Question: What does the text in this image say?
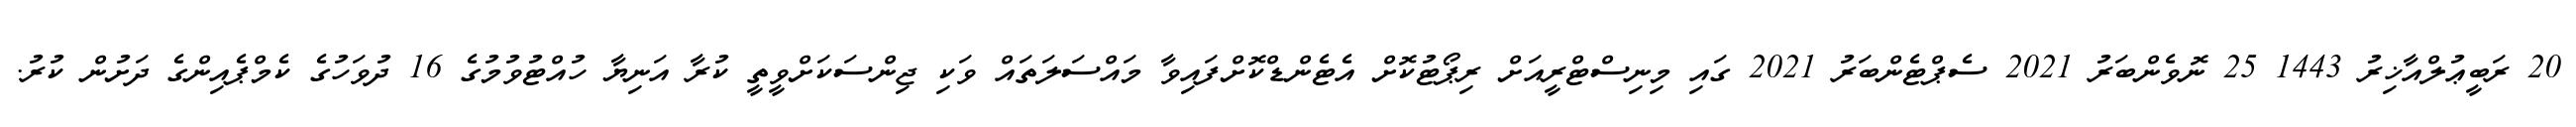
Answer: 20 ރަބީޢުލްއާޚިރު 1443 25 ނޮވެންބަރު 2021 ސެޕްޓެންބަރު 2021 ގައި މިނިސްޓްރީއަށް ރިޕޯޓުކޮށް އެޓެންޑްކޮށްފައިވާ މައްސަލަތައް ވަކި ޖިންސަކަށްވީތީ ކުރާ އަނިޔާ ހުއްޓުވުމުގެ 16 ދުވަހުގެ ކެމްޕެއިންގެ ދަށުން ކުރު.